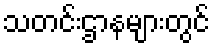
သတင်းဌာနများတွင်